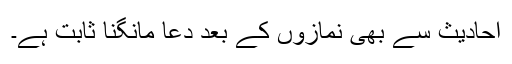
احادیث سے بھی نمازوں کے بعد دعا مانگنا ثابت ہے۔